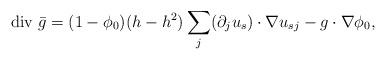
LaTeX: \begin{align*}\mbox{div $\bar g$}=(1-\phi_0)(h-h^2)\sum_j(\partial_ju_s)\cdot\nabla u_{sj}-g\cdot\nabla\phi_0,\end{align*}